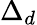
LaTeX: \Delta_{d}